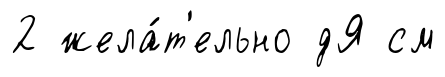
2 жела́т'ельно дЯ см